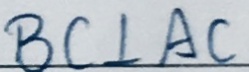
B C \bot A C